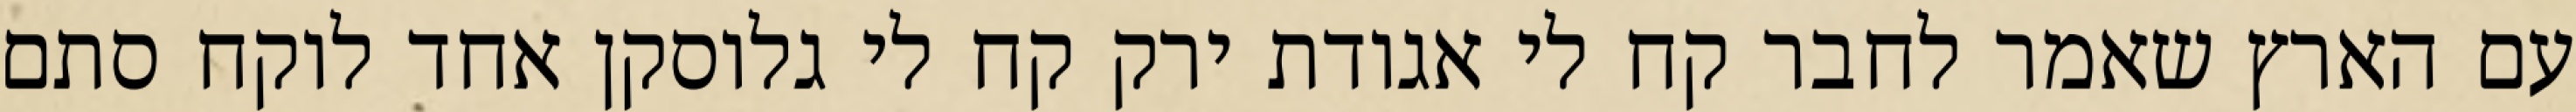
עם הארץ שאמר לחבר קח לי אגודת ירק קח לי גלוסקן אחד לוקח סתם